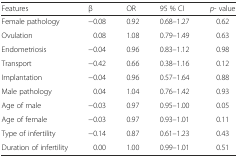
<table><thead><tr><td><b>Features</b></td><td><b>β</b></td><td><b>OR</b></td><td><b>95 % CI</b></td><td><b><i>p</i>- value</b></td></tr></thead><tbody><tr><td>Female pathology</td><td>−0.08</td><td>0.92</td><td>0.68–1.27</td><td>0.62</td></tr><tr><td>Ovulation</td><td>0.08</td><td>1.08</td><td>0.79–1.49</td><td>0.63</td></tr><tr><td>Endometriosis</td><td>−0.04</td><td>0.96</td><td>0.83–1.12</td><td>0.98</td></tr><tr><td>Transport</td><td>−0.42</td><td>0.66</td><td>0.38–1.16</td><td>0.12</td></tr><tr><td>Implantation</td><td>−0.04</td><td>0.96</td><td>0.57–1.64</td><td>0.88</td></tr><tr><td>Male pathology</td><td>0.04</td><td>1.04</td><td>0.76–1.42</td><td>0.93</td></tr><tr><td>Age of male</td><td>−0.03</td><td>0.97</td><td>0.95–1.00</td><td>0.05</td></tr><tr><td>Age of female</td><td>−0.03</td><td>0.97</td><td>0.93–1.01</td><td>0.11</td></tr><tr><td>Type of infertility</td><td>−0.14</td><td>0.87</td><td>0.61–1.23</td><td>0.43</td></tr><tr><td>Duration of infertility</td><td>0.00</td><td>1.00</td><td>0.99–1.01</td><td>0.51</td></tr></tbody></table>